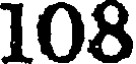
108